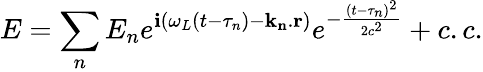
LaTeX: E=\sum_{n}E_{n}e^{\mathbf{i}(\omega_{L}(t-\tau_{n})-\mathbf{{k_{n}}}.\mathbf{{r}})}e^{-\frac{{(t-\tau_{n})^{2}}}{{2c^{2}}}}+c.c.